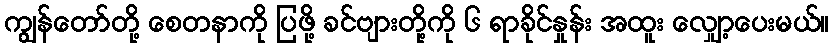
ကျွန်တော်တို့ စေတနာကို ပြဖို့ ခင်ဗျားတို့ကို ၆ ရာခိုင်နှုန်း အထူး လျှော့ပေးမယ်။